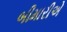
બીમારીએ